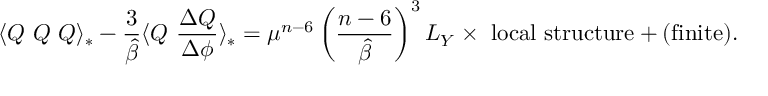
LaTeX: \langle Q ~ Q ~ Q \rangle _ { * } - \frac { 3 } { \hat { \beta } } \langle Q ~ \frac { \Delta Q } { \Delta \phi } \rangle _ { * } = \mu ^ { n - 6 } \left( \frac { n - 6 } { \hat { \beta } } \right) ^ { 3 } L _ { Y } \times \ \mathrm { l o c a l \ s t r u c t u r e } + ( \mathrm { f i n i t e } ) .